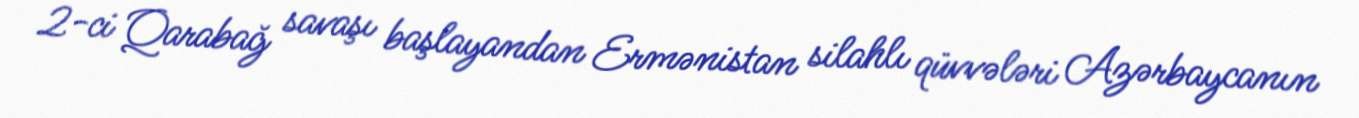
2-ci Qarabağ savaşı başlayandan Ermənistan silahlı qüvvələri Azərbaycanın